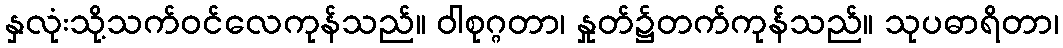
နှလုံးသို့သက်ဝင်လေကုန်သည်။ ဝါစုဂ္ဂတာ၊ နှုတ်၌တက်ကုန်သည်။ သုပဓာရိတာ၊